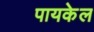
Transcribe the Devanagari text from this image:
पायकेल